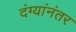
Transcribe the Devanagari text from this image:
दंग्यांनंतर